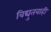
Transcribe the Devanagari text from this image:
विद्युतवाही